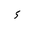
Letter: _hamza